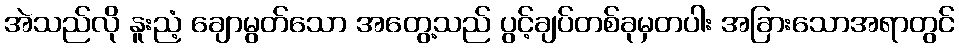
အဲသည်လို နူးညံ့ ချောမွတ်သော အတွေ့သည် ပွင့်ချပ်တစ်ခုမှတပါး အခြားသောအရာတွင်